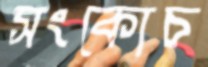
সংকোচ